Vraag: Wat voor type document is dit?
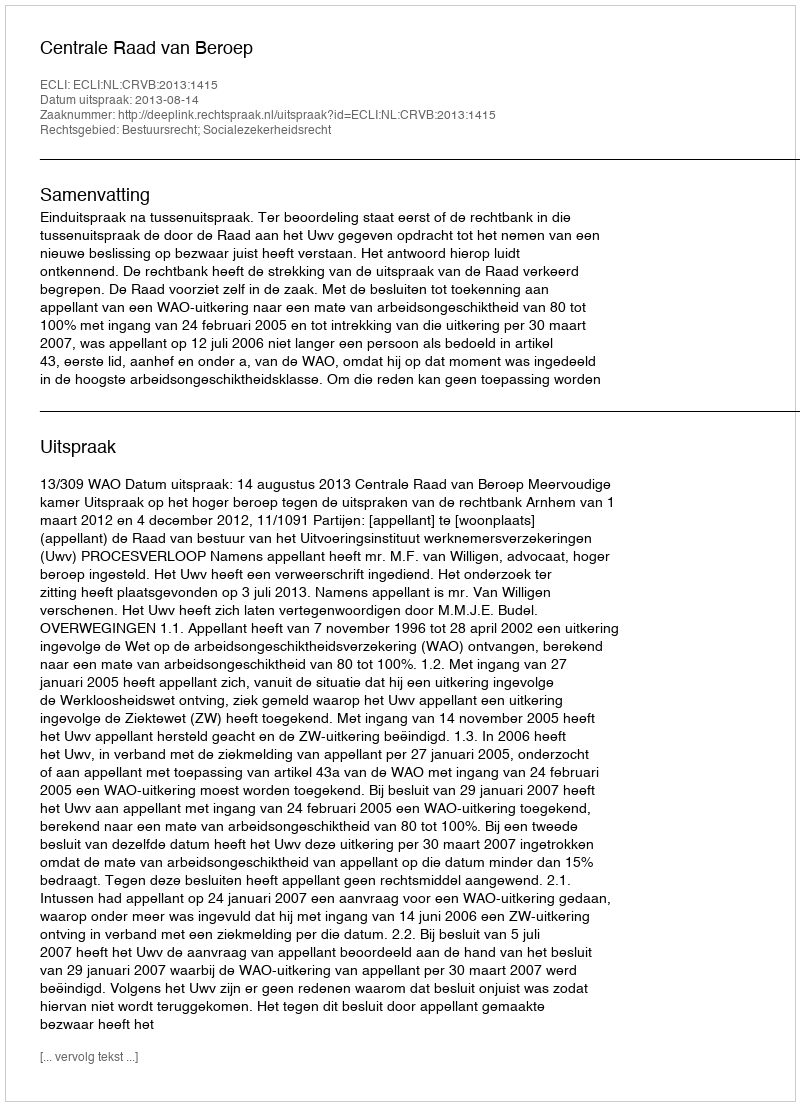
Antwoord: Uitspraak